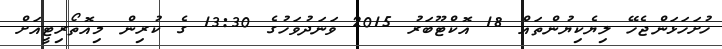
ހުށަހަޅަންޖެހޭ ލިޔެކިޔުންތައް 18 އޮކްޓޫބަރު 2015 ވަނަދުވަހުގެ 13:30 ގެ ކުރިން މިއޮތޯރިޓީއަށް